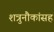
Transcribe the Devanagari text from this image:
शत्रुनौकांसह